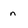
Character: n